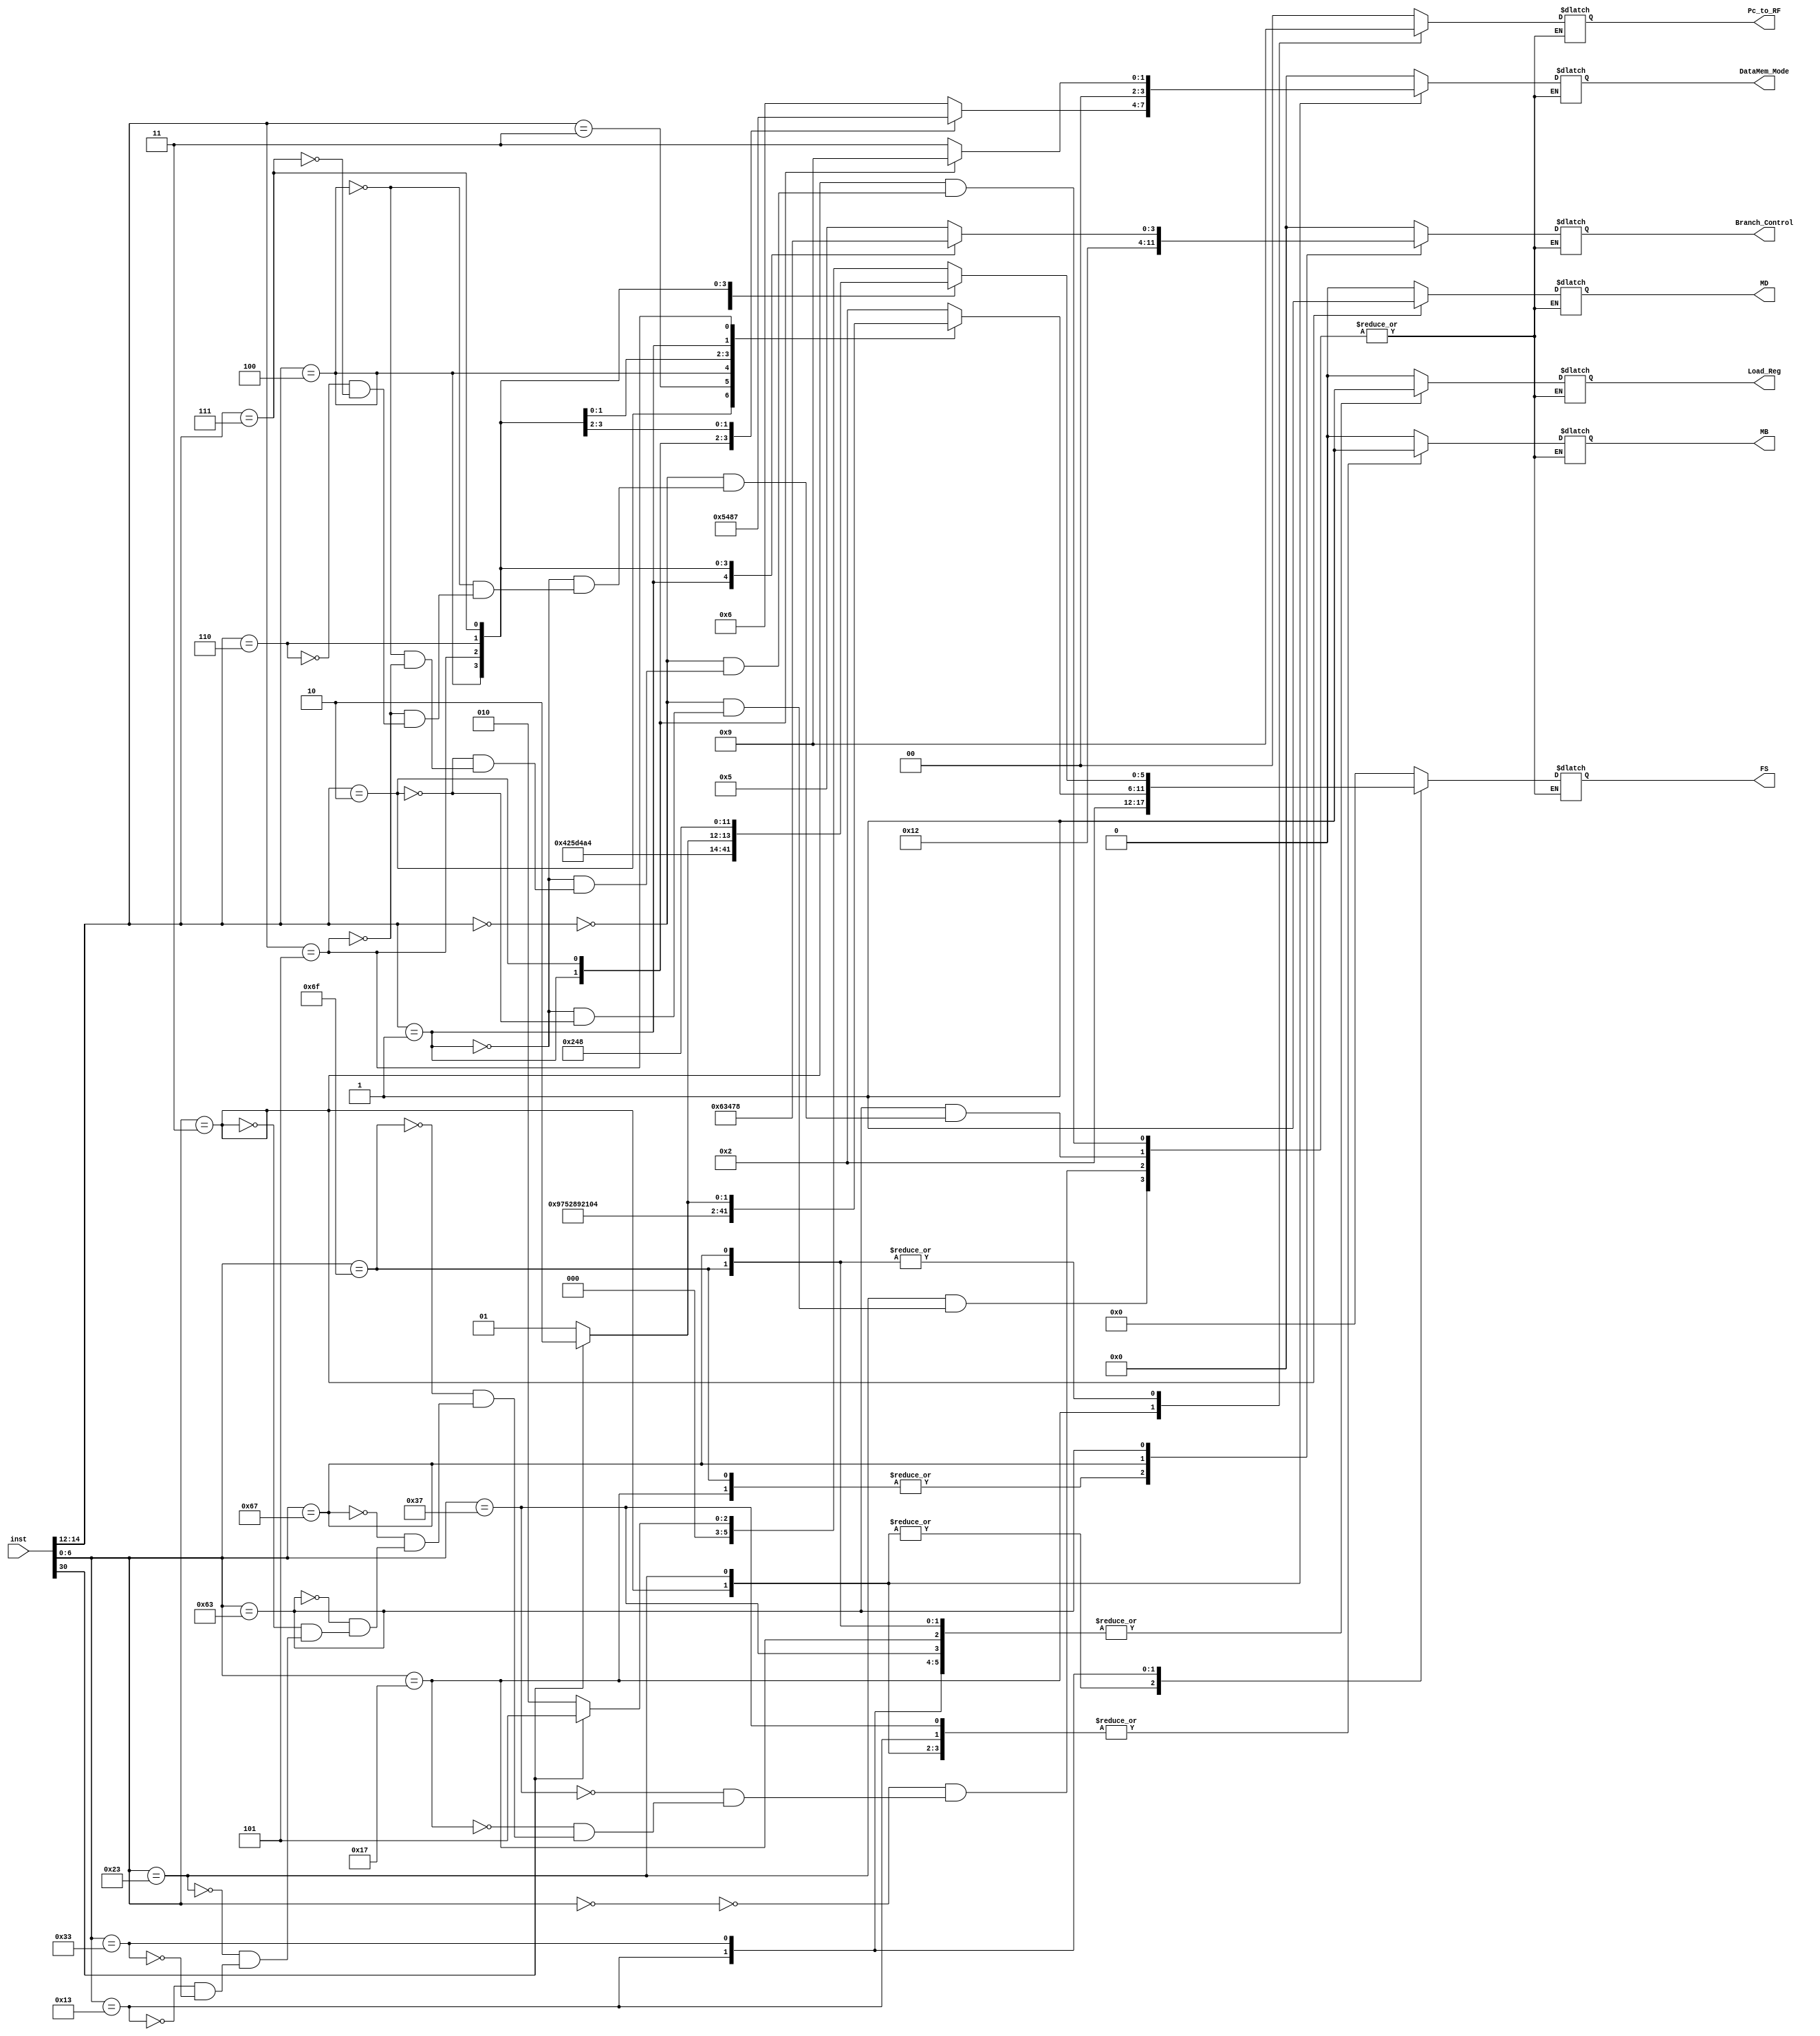
`timescale 1ns / 1ps

module Control_Unit(
input [31:0] inst,
output reg Load_Reg,
output reg [1:0] Pc_to_RF,
output reg MB,
output reg [5:0] FS,
output reg MD,
output reg [3:0] DataMem_Mode,
output reg [3:0] Branch_Control);

always @(*) 
begin
    case(inst[6:0]) 
        7'b0000000: begin //nop
            Load_Reg <= 1'b0;
            Pc_to_RF <= 2'b00;
            MB <= 1'b0;
            FS <= 6'b000000;
            MD <= 1'b0;
            DataMem_Mode <= 4'b0000;
            Branch_Control <= 4'b0000;
           
        end 7'b0110111: begin //LUI
            Load_Reg <= 1'b1;
            Pc_to_RF <= 2'b00;
            MB <= 1'b1;
            FS <= 6'b000000;
            MD <= 1'b0;
            DataMem_Mode <= 4'b0000;
            Branch_Control <= 4'b0000;
       
        end 7'b0010111:begin // AUIPC
            Load_Reg <= 1'b1;
            Pc_to_RF <= 2'b10;
            MB <= 1'b0;
            FS <= 6'b000000;
            MD <= 1'b0;
            DataMem_Mode <= 4'b0000;
            Branch_Control <= 4'b0001;
           
        end 7'b1101111: begin // JAL
            Load_Reg <= 1'b1;
            Pc_to_RF <= 2'b01;
            MB <= 1'b0;
            FS <= 6'b000000;
            MD <= 1'b0;
            DataMem_Mode <= 4'b0000;
            Branch_Control <= 4'b0001;
             
        end 7'b1100111: begin //JALR
            Load_Reg <= 1'b1;
            Pc_to_RF <= 2'b01;
            MB <= 1'b0;
            FS <= 6'b000000;
            MD <= 1'b0;
            DataMem_Mode <= 4'b0000;
            Branch_Control <= 4'b0010;
             
        end 7'b1100011: begin
            case(inst[14:12])
                3'b000: begin // BEQ
                    Load_Reg <= 1'b0;
                    Pc_to_RF <= 2'b00;
                    MB <= 1'b0;
                    FS <= 6'b000000;
                    MD <= 1'b0;
                    DataMem_Mode <= 4'b0000;
                    Branch_Control <= 4'd5;
                    
            end 3'b001: begin // BNE
                    Load_Reg <= 1'b0;
                    Pc_to_RF <= 2'b00;
                    MB <= 1'b0;
                    FS <= 6'b000000;
                    MD <= 1'b0;
                    DataMem_Mode <= 4'b0000;
                    Branch_Control <= 4'd6;
                  
            end 3'b100: begin // BLT
                    Load_Reg <= 1'b0;
                    Pc_to_RF <= 2'b00;
                    MB <= 1'b0;
                    FS <= 6'b000000;
                    MD <= 1'b0;
                    DataMem_Mode <= 4'b0000;
                    Branch_Control <= 4'd3;
                  
            end 3'b101: begin // BGE
                        Load_Reg <= 1'b0;
                        Pc_to_RF <= 2'b00;
                        MB <= 1'b0;
                        FS <= 6'b000000;
                        MD <= 1'b0;
                        DataMem_Mode <= 4'b0000;
                        Branch_Control <= 4'd4;      
                                             
            end 3'b110: begin // BLTU
                            Load_Reg <= 1'b0;
                            Pc_to_RF <= 2'b00;
                            MB <= 1'b0;
                            FS <= 6'b000000;
                            MD <= 1'b0;
                            DataMem_Mode <= 4'b0000;
                            Branch_Control <= 4'd7; 
                         
            end 3'b111: begin // BGEU
                            Load_Reg <= 1'b0;
                            Pc_to_RF <= 2'b00;
                            MB <= 1'b0;
                            FS <= 6'b000000;
                            MD <= 1'b0;
                            DataMem_Mode <= 4'b0000;
                            Branch_Control <= 4'd8;
                                                         
           end  endcase
        end
        7'b0000011:begin
            case(inst[14:12])
                3'b000:begin // LB
                    Load_Reg <= 1'b1;
                    Pc_to_RF <= 2'b00;
                    MB <= 1'b1;
                    FS <= 6'b000010;
                    MD <= 1'b1;
                    DataMem_Mode <= 4'b0110;
                    Branch_Control <= 4'd0;
                     
                 end 3'b001:begin // LH
                   Load_Reg <= 1'b1;
                   Pc_to_RF <= 2'b00;
                   MB <= 1'b1;
                   FS <= 6'b000010;
                   MD <= 1'b1;
                   DataMem_Mode <= 4'b0101;
                   Branch_Control <= 4'd0;
                     
                end 3'b010:begin // LW
                     Load_Reg <= 1'b1;
                     Pc_to_RF <= 2'b00;
                     MB <= 1'b1;
                     FS <= 6'b000010;
                     MD <= 1'b1;
                     DataMem_Mode <= 4'b0100;
                     Branch_Control <= 4'd0;
                      
                 end 3'b100:begin // LBU
                 Load_Reg <= 1'b1;
                 Pc_to_RF <= 2'b00;
                 MB <= 1'b1;
                 FS <= 6'b000010;
                 MD <= 1'b1;
                 DataMem_Mode <= 4'b1000;
                 Branch_Control <= 4'd0;
                  
                 end 3'b101:begin // LHU
                 Load_Reg <= 1'b1;
                 Pc_to_RF <= 2'b00;
                 MB <= 1'b1;
                 FS <= 6'b000010;
                 MD <= 1'b1;
                 DataMem_Mode <= 4'b0111;
                 Branch_Control <= 4'd0;
                  
                 end
          endcase
        end
        7'b0100011: begin
            case(inst[14:12])
                3'b000:begin // SB
                    Load_Reg <= 1'b0;
                    Pc_to_RF <= 2'b00;
                    MB <= 1'b1;
                    FS <= 6'b000010;
                    MD <= 1'b0;
                    DataMem_Mode <= 4'b0011;
                    Branch_Control <= 4'd0;
                     
                end
                3'b001:begin // SH
                    Load_Reg <= 1'b0;
                    Pc_to_RF <= 2'b00;
                    MB <= 1'b1;
                    FS <= 6'b000010;
                    MD <= 1'b0;
                    DataMem_Mode <= 4'b0010;
                    Branch_Control <= 4'd0;
                     
                end       
                3'b010:begin // SW
                    Load_Reg <= 1'b0;
                    Pc_to_RF <= 2'b00;
                    MB <= 1'b1;
                    FS <= 6'b000010;
                    MD <= 1'b0;
                    DataMem_Mode <= 4'b0001;
                    Branch_Control <= 4'd0;
                     
                end        
            endcase
        end
        7'b0010011: begin
            case(inst[14:12])
                3'b000: begin // ADDI
                    Load_Reg <= 1'b1;
                    Pc_to_RF <= 2'b00;
                    MB <= 1'b1;
                    FS <= 6'b000010;
                    MD <= 1'b0;
                    DataMem_Mode <= 4'b0000;
                    Branch_Control <= 4'd0;
                     
                end
                 3'b010: begin // SLTI
                    Load_Reg <= 1'b1;
                    Pc_to_RF <= 2'b00;
                    MB <= 1'b1;
                    FS <= 6'b100101;
                    MD <= 1'b0;
                    DataMem_Mode <= 4'b0000;
                    Branch_Control <= 4'd0;
                     
                end
                  3'b011: begin // SLTIU
                       Load_Reg <= 1'b1;
                       Pc_to_RF <= 2'b00;
                       MB <= 1'b1;
                       FS <= 6'b110101;
                       MD <= 1'b0;
                       DataMem_Mode <= 4'b0000;
                       Branch_Control <= 4'd0;
                        
               end
                  3'b100: begin // XORI
                    Load_Reg <= 1'b1;
                    Pc_to_RF <= 2'b00;
                    MB <= 1'b1;
                    FS <= 6'b001010;
                    MD <= 1'b0;
                    DataMem_Mode <= 4'b0000;
                    Branch_Control <= 4'd0;
                     
            end                                     
                  3'b110: begin // ORI
                  Load_Reg <= 1'b1;
                  Pc_to_RF <= 2'b00;
                  MB <= 1'b1;
                  FS <= 6'b001001;
                  MD <= 1'b0;
                  DataMem_Mode <= 4'b0000;
                  Branch_Control <= 4'd0;
                   
            end           
                  3'b111: begin // ANDI
                    Load_Reg <= 1'b1;
                    Pc_to_RF <= 2'b00;
                    MB <= 1'b1;
                    FS <= 6'b001000;
                    MD <= 1'b0;
                    DataMem_Mode <= 4'b0000;
                    Branch_Control <= 4'd0;
                     
            end  
                3'b001: begin // SLLI
                    Load_Reg <= 1'b1;
                    Pc_to_RF <= 2'b00;
                    MB <= 1'b1;
                    FS <= 6'b010000;
                    MD <= 1'b0;
                    DataMem_Mode <= 4'b0000;
                    Branch_Control <= 4'd0;   
                                     
                end
                 3'b101: begin
                    case(inst[30])
                        1'b0:begin //SRLI
                            Load_Reg <= 1'b1;
                            Pc_to_RF <= 2'b00;
                            MB <= 1'b1;
                            FS <= 6'b010001;
                            MD <= 1'b0;
                            DataMem_Mode <= 4'b0000;
                            Branch_Control <= 4'd0;     
                                                    
                        end
                        1'b1:begin // SRAI
                             Load_Reg <= 1'b1;
                            Pc_to_RF <= 2'b00;
                            MB <= 1'b1;
                            FS <= 6'b010010;
                            MD <= 1'b0;
                            DataMem_Mode <= 4'b0000;
                            Branch_Control <= 4'd0; 
                                                      
                        end
                        endcase
                   end
                endcase
                end
                7'b0110011: begin
                    case(inst[14:12])
                        3'b000: begin
                            case(inst[30])
                                1'b0:begin //ADD
                                    Load_Reg <= 1'b1;
                                    Pc_to_RF <= 2'b00;
                                    MB <= 1'b0;
                                    FS <= 6'b000010;
                                    MD <= 1'b0;
                                    DataMem_Mode <= 4'b0000;
                                    Branch_Control <= 4'd0;
                                     
                                end
                                 1'b1:begin //SUB
                                    Load_Reg <= 1'b1;
                                    Pc_to_RF <= 2'b00;
                                    MB <= 1'b0;
                                    FS <= 6'b000101;
                                    MD <= 1'b0;
                                    DataMem_Mode <= 4'b0000;
                                    Branch_Control <= 4'd0;
                                     
                                end                           
                            endcase
                        end
                        3'b001:begin // SLL
                            Load_Reg <= 1'b1;
                            Pc_to_RF <= 2'b00;
                            MB <= 1'b0;
                            FS <= 6'b010000;
                            MD <= 1'b0;
                            DataMem_Mode <= 4'b0000;
                            Branch_Control <= 4'd0;  
                                               
                        end
                        3'b010:begin // SLT
                        
                            Load_Reg <= 1'b1;
                            Pc_to_RF <= 2'b00;
                            MB <= 1'b0;
                            FS <= 6'b100101;
                            MD <= 1'b0;
                            DataMem_Mode <= 4'b0000;
                            Branch_Control <= 4'd0;    
                                      
                        end                        
                        3'b011: begin // SLTU
                             Load_Reg <= 1'b1;
                             Pc_to_RF <= 2'b00;
                             MB <= 1'b0;
                             FS <= 6'b110101;
                             MD <= 1'b0;
                             DataMem_Mode <= 4'b0000;
                             Branch_Control <= 4'd0; 
                                                         
                        end
                        3'b100:begin //XOR
                            Load_Reg <= 1'b1;
                            Pc_to_RF <= 2'b00;
                            MB <= 1'b0;
                            FS <= 6'b001010;
                            MD <= 1'b0;
                            DataMem_Mode <= 4'b0000;
                            Branch_Control <= 4'd0;
                             
                        end
                        3'b101:begin
                            case(inst[30])
                                1'b0: begin // SRL
                                    Load_Reg <= 1'b1;
                                    Pc_to_RF <= 2'b00;
                                    MB <= 1'b0;
                                    FS <= 6'b010001;
                                    MD <= 1'b0;
                                    DataMem_Mode <= 4'b0000;
                                    Branch_Control <= 4'd0; 
                                             
                                end
                                1'b1: begin //SRA
                                   Load_Reg <= 1'b1;
                                   Pc_to_RF <= 2'b00;
                                   MB <= 1'b0;
                                   FS <= 6'b010010;
                                   MD <= 1'b0;
                                   DataMem_Mode <= 4'b0000;
                                   Branch_Control <= 4'd0;   
                                     
                                end
                            endcase
                        end
                        3'b110:begin //Or
                            Load_Reg <= 1'b1;
                            Pc_to_RF <= 2'b00;
                            MB <= 1'b0;
                            FS <= 6'b001001;
                            MD <= 1'b0;
                            DataMem_Mode <= 4'b0000;
                            Branch_Control <= 4'd0;
                             
                        end
                        3'b111: begin //AND
                            Load_Reg <= 1'b1;
                            Pc_to_RF <= 2'b00;
                            MB <= 1'b0;
                            FS <= 6'b001000;
                            MD <= 1'b0;
                            DataMem_Mode <= 4'b0000;
                            Branch_Control <= 4'd0;
                             
                        end
                    endcase
                end
    endcase
 end

// DATAPATH
// load_enable => Register File Load
// pc_in_select => JALDA PC nin degerini RF ye yaz
// MB => B YA DA CONSTANT IN
// FS => BISEYLER BISEYLER
// MD => DATA IN ( YANI DATA MEMORYDEN GELEN) YA DA FU IKII

// DATAMEM
// 4 bitlik giris DATAMEMDEN BAK KOLAY

// BRANCH CONTROL GIRISLERI
// 4 bitlik giris kolay bak

endmodule